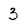
Character: 3